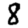
Digit: 8